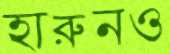
হারুনও